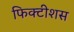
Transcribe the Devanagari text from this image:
फिक्टीशस